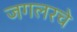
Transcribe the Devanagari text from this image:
जगलरचे